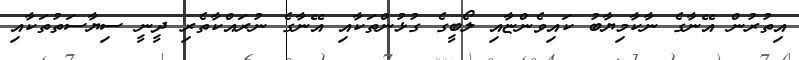
އިތުރުން އޭނާގެ ނާކާމިޔާބު ކައިވެންޏާއި ލޯބީގެ ގުޅުންތަކާއި އޭނާގެ ނުރައްކާތެރި ދީނީ ސިޔާސަތުތަކާއި